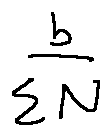
\frac { b } { \sum N }